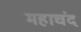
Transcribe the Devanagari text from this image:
महाचंद